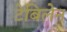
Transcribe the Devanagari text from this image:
टेबिलेन